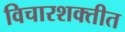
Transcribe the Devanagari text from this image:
विचारशक्तीत